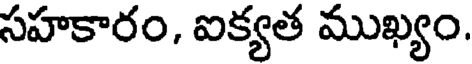
సహకారం, ఐక్యత ముఖ్యం.